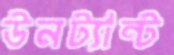
উনট্যান্ট